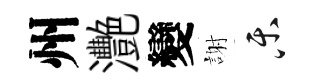
州灧變謝乐